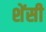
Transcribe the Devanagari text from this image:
शेंसी